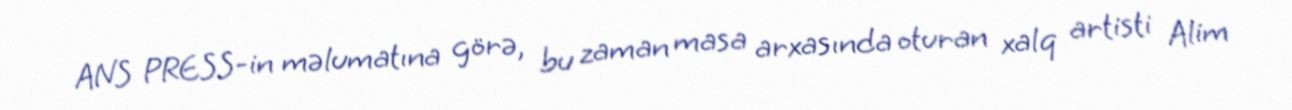
ANS PRESS-in məlumatına görə, bu zaman masa arxasında oturan xalq artisti Alim